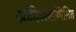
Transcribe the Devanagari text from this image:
आदिश्श्सम्मिलित